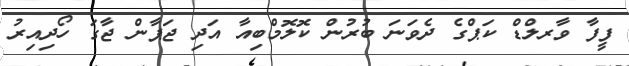
ފީފާ ވާރލްޑް ކަޕްގެ ދެވަނަ ބުރުން ކޮލޮމްބިއާ އަދި ޖަޕާން ޖާގަ ހޯދިއިރު